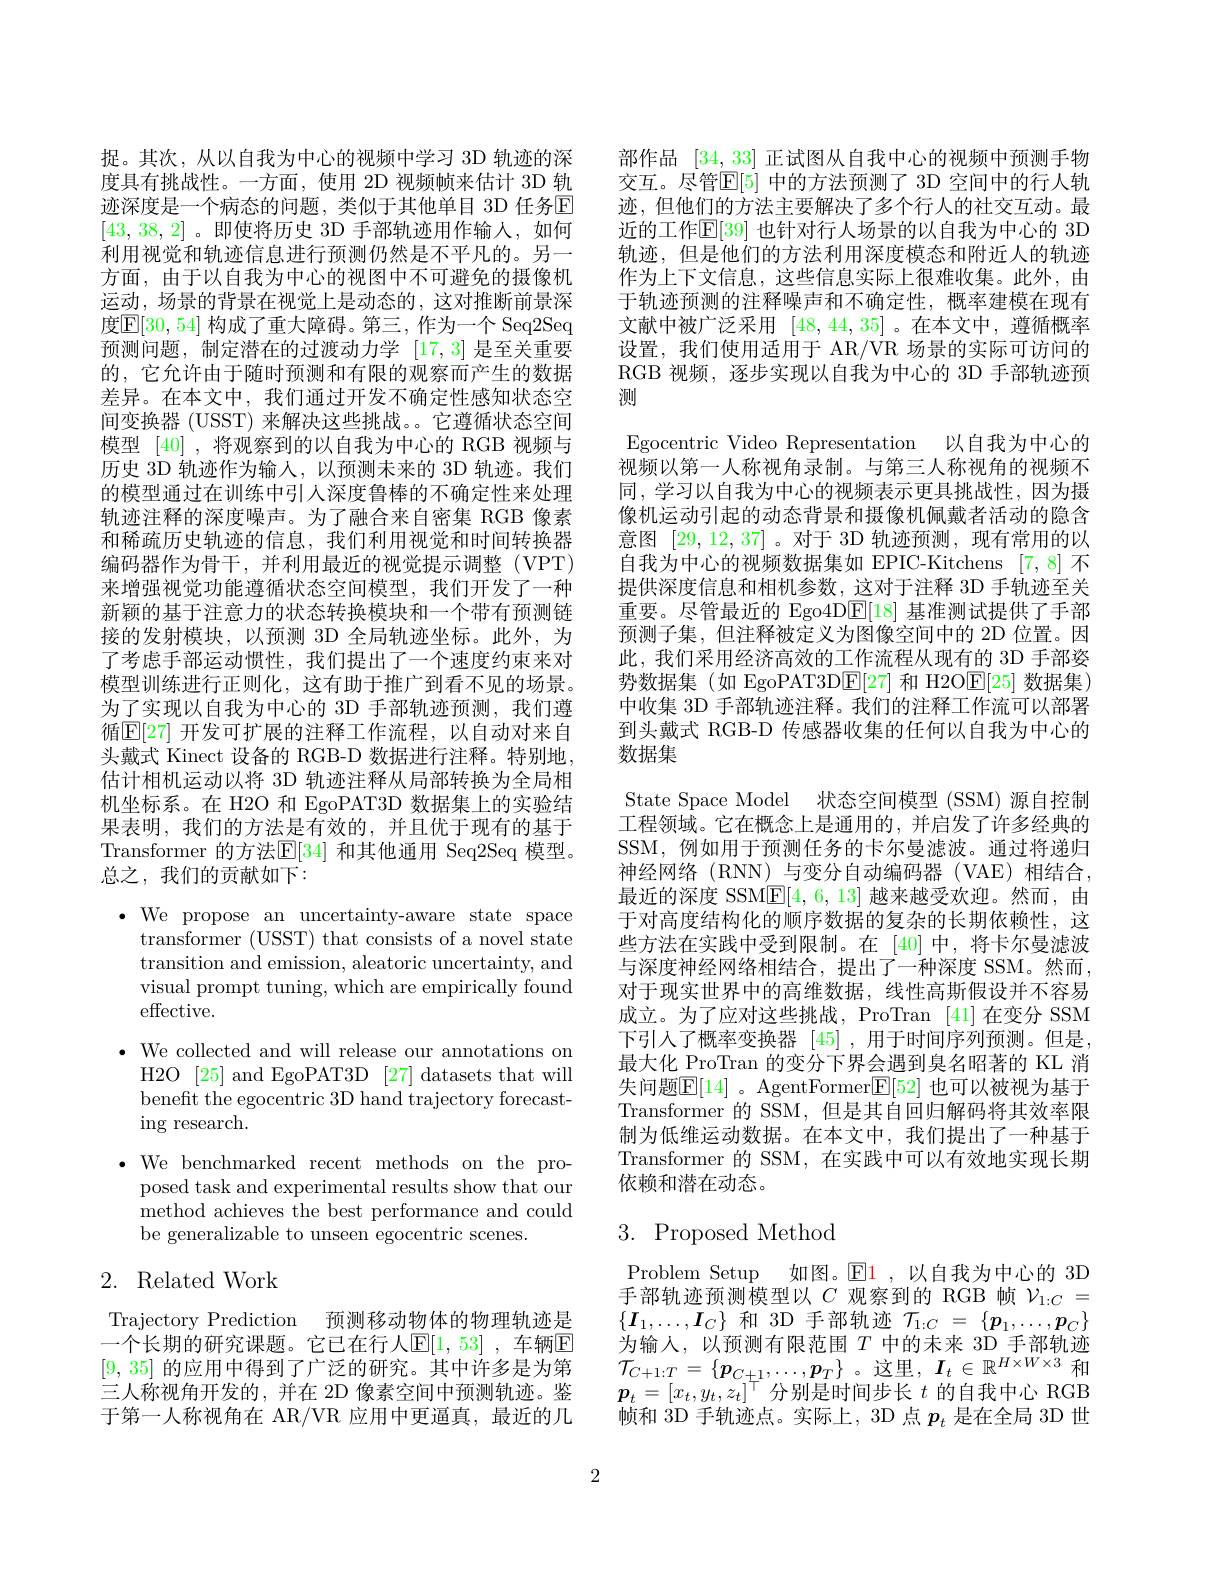
捉。其次，从以自我为中心的视频中学习 3D 轨迹的深度具有挑战性。一方面，使用 2D 视频帧来估计 3D 轨迹深度是一个病态的问题，类似于其他单目 3D 任务$\mathbb{E}$ [43,38,2]。即使将历史 3D 手部轨迹用作输人，如何利用视觉和轨迹信息进行预测仍然是不平凡的。另一方面，由于以自我为中心的视图中不可避免的摄像机运动，场景的背景在视觉上是动态的，这对推断前景深度$\mathbb{E}[30,54]$ 构成了重大障碍。第三，作为一个 Seq2Seq 预测问题，制定潜在的过渡动力学[17,3]是至关重要的，它允许由于随时预测和有限的观察而产生的数据差异。在本文中，我们通过开发不确定性感知状态空间变换器 (USST) 来解决这些挑战。。它遵循状态空间模型[40] ,将观察到的以自我为中心的 RGB 视频与历史 3D 轨迹作为输人，以预测未来的 3D 轨迹。我们的模型通过在训练中引人深度鲁棒的不确定性来处理轨迹注释的深度噪声。为了融合来自密集 RGB 像素和稀疏历史轨迹的信息，我们利用视觉和时间转换器编码器作为骨干，并利用最近的视觉提示调整(VPT) 来增强视觉功能遵循状态空间模型，我们开发了一种新颖的基于注意力的状态转换模块和一个带有预测链接的发射模块，以预测 3D 全局轨迹坐标。此外，为了考虑手部运动惯性，我们提出了一个速度约束来对模型训练进行正则化，这有助于推广到看不见的场景。为了实现以自我为中心的 3D 手部轨迹预测，我们遵循$\mathbb{E}[27]$ 开发可扩展的注释工作流程，以自动对来自头戴式 Kinect 设备的 RGB-D 数据进行注释。特别地， 估计相机运动以将 3D 轨迹注释从局部转换为全局相机坐标系。在 H2O 和 EgoPAT3D 数据集上的实验结果表明，我们的方法是有效的，并且优于现有的基于Transformer 的方法$\mathbb{E}[34]$ 和其他通用 Seq2Seq 模型。总之，我们的贡献如下：

$\bullet$ We propose an uncertainty-aware state space
transformer (USST) that consists of a novel state transition and emission, aleatoric uncertainty, and visual prompt tuning, which are empirically found effective.
$\bullet$ We collected and will release our annotations on
H2O [25] and EgoPAT3D [27] datasets that will benefit the egocentric 3D hand trajectory forecast- $\operatorname{ing}$research.
$\bullet$ We benchmarked recent methods on the pro-
posed task and experimental results show that our method achieves the best performance and could be generalizable to unseen egocentric scenes.

## 2. Related Work

Trajectory Prediction 预测移动物体的物理轨迹是一个长期的研究课题。它已在行人$\mathbb{E}[1,53]$ ,车辆$\mathbb{E}$ [9,35]的应用中得到了广泛的研究。其中许多是为第三人称视角开发的，并在 2D 像素空间中预测轨迹。鉴于第一人称视角在 AR/VR 应用中更逼真，最近的几

部作品[34,33]正试图从自我中心的视频中预测手物交互。尽管$\mathbb{E}[5]$ 中的方法预测了 3D 空间中的行人轨迹，但他们的方法主要解决了多个行人的社交互动。最近的工作$\mathbb{E}[39]$ 也针对行人场景的以自我为中心的 3D 轨迹，但是他们的方法利用深度模态和附近人的轨迹作为上下文信息，这些信息实际上很难收集。此外，由于轨迹预测的注释噪声和不确定性，概率建模在现有文献中被广泛采用[48,44,35] 。在本文中，遵循概率设置，我们使用适用于 AR/VR 场景的实际可访问的RGB 视频，逐步实现以自我为中心的 3D 手部轨迹预测

Egocentric Video Representation 以自我为中心的视频以第一人称视角录制。与第三人称视角的视频不同，学习以自我为中心的视频表示更具挑战性，因为摄像机运动引起的动态背景和摄像机佩戴者活动的隐含意图[29,12,37] 。对于 3D 轨迹预测，现有常用的以自我为中心的视频数据集如 EPIC-Kitchens [7,8]不提供深度信息和相机参数，这对于注释 3D 手轨迹至关重要。尽管最近的 Ego4D$\overline {E}$[ 18] 基准测试提供了手部预测子集，但注释被定义为图像空间中的 2D 位置。因此，我们采用经济高效的工作流程从现有的 3D 手部姿势数据集(如 EgoPAT3D$\boxed{\mathrm{F}}[27]$和 H2O$\boxed{\mathrm{F}}[25]$数据集) 中收集 3D 手部轨迹注释。我们的注释工作流可以部署到头戴式 RGB-D 传感器收集的任何以自我为中心的数据集
State Space Model 状态空间模型 (SSM) 源自控制工程领域。它在概念上是通用的，并启发了许多经典的SSM,例如用于预测任务的卡尔曼滤波。通过将递归神经网络(RNN)与变分自动编码器(VAE)相结合， 最近的深度 SSM$\overline {E}$[ 4, 6, 13] 越来越受欢迎。然而，由于对高度结构化的顺序数据的复杂的长期依赖性，这些方法在实践中受到限制。在[40]中，将卡尔曼滤波与深度神经网络相结合，提出了一种深度 SSM。然而， 对于现实世界中的高维数据，线性高斯假设并不容易成立。为了应对这些挑战，ProTran [41]在变分 SSM 下引人了概率变换器[45] ,用于时间序列预测。但是， 最大化 ProTran 的变分下界会遇到臭名昭著的 KL 消失问题$\mathbb{E}[14]$ 。AgentFormer$\mathbb{E}[52]$ 也可以被视为基于Transformer 的 SSM,但是其自回归解码将其效率限制为低维运动数据。在本文中，我们提出了一种基于Transformer 的 SSM, 在实践中可以有效地实现长期依赖和潜在动态。
3. Proposed Method

Problem Setup 如图。$\mathbb{E}\color{red}{1}$ ,以自我为中心的 3D 手部轨迹预测模型以$C$观察到的 RGB 帧$\mathcal{V}_{1:C}=$ $\{\boldsymbol{I}_1,\ldots,\boldsymbol{I}_C\}$和 3D 手部轨迹$\mathcal{T}_1:C=\{\boldsymbol{p}_1,\ldots,\boldsymbol{p}_C\}$ 为输入，以预测有限范围$T$ 中的未来 3D 手部轨迹$\mathcal{T}_{C+1:T}=\{\boldsymbol{p}_{C+1},\ldots,\boldsymbol{p}_{T}\}$。这里$,\boldsymbol I_t\in\mathbb{R}^H\times W\times3$ 和$\boldsymbol{p}_t=[x_t,y_t,z_t]^\top$分别是时间步长 $t$ 的自我中心 RGB 帧和 3D 手轨迹点。实际上，3D 点$p_t$是在全局 3D 世

2